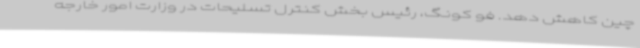
چین کاهش دهد. فو کونگ، رئیس بخش کنترل تسلیحات در وزارت امور خارجه